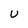
Character: U